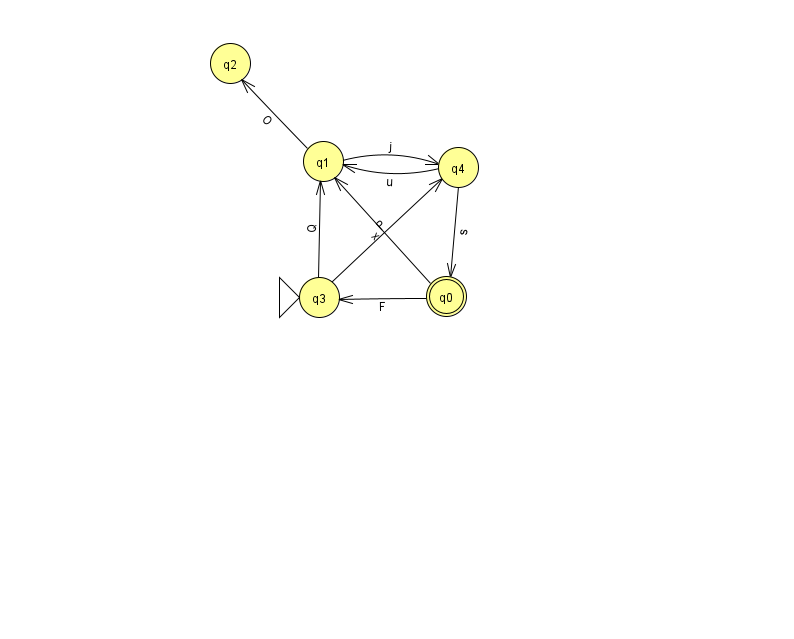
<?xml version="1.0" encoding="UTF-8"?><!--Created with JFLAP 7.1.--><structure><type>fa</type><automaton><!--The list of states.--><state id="0" name="q0"><x>446.0</x><y>283.0</y><final/></state><state id="1" name="q1"><x>323.0</x><y>148.0</y></state><state id="2" name="q2"><x>230.0</x><y>50.0</y></state><state id="3" name="q3"><x>319.0</x><y>284.0</y><initial/></state><state id="4" name="q4"><x>458.0</x><y>154.0</y></state><!--The list of transitions.--><transition><from>1</from><to>2</to><read>O</read></transition><transition><from>4</from><to>0</to><read>s</read></transition><transition><from>4</from><to>1</to><read>u</read></transition><transition><from>1</from><to>4</to><read>j</read></transition><transition><from>0</from><to>1</to><read>x</read></transition><transition><from>0</from><to>3</to><read>F</read></transition><transition><from>3</from><to>4</to><read>P</read></transition><transition><from>3</from><to>1</to><read>Q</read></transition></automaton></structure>